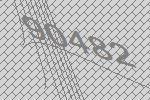
90482